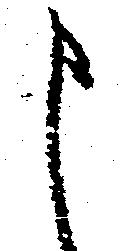
申